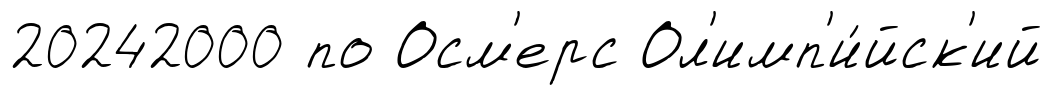
20242000 по Осм'ерс Ол'имп'и́йск'ий